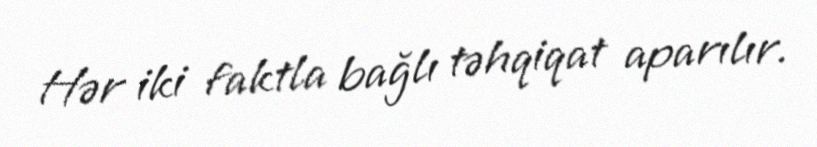
Hər iki faktla bağlı təhqiqat aparılır.